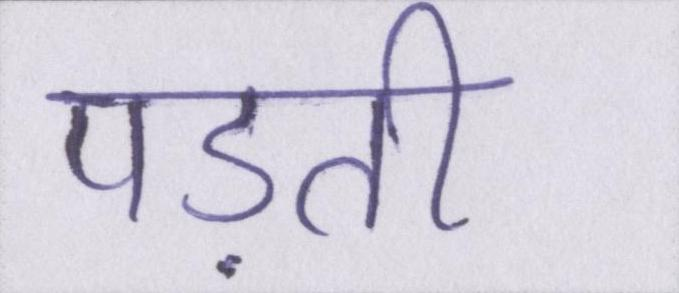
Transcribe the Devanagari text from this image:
पड़ती